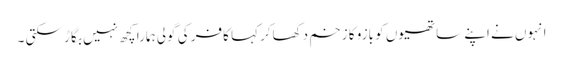
انہوں نے اپنے ساتھیوں کو بازو کا زخم دکھاکر کہا کافر کی گولی ہمارا کچھ نہیں بگاڑ سکتی ۔